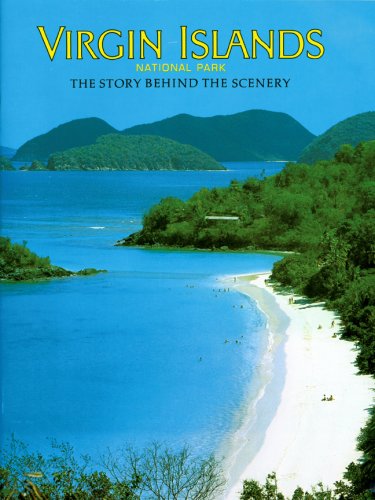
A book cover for Virgin Islands National Park: The Story Behind the Scenery; Alan H. Robinson; Travel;